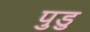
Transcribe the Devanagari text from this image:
पुडु